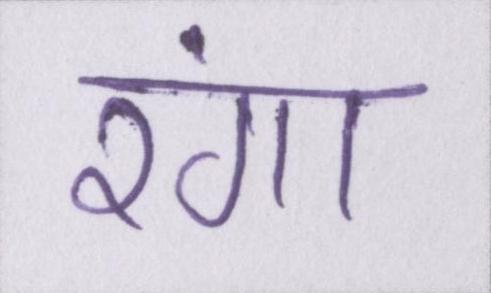
रंगा